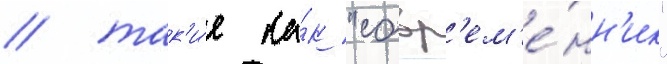
/ так'и́е ка́к "совр'ем'е́нн'ик"